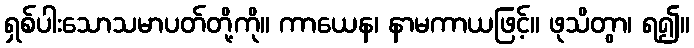
ရှစ်ပါးသောသမာပတ်တို့ကို။ ကာယေန၊ နာမကာယဖြင့်။ ဖုသိတွာ၊ ရ၍။